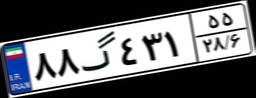
۸۸گ۴۳۱۵۵